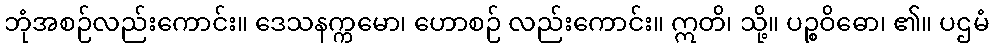
ဘုံအစဉ်လည်းကောင်း။ ဒေသနက္ကမော၊ ဟောစဉ် လည်းကောင်း။ ဣတိ၊ သို့။ ပဉ္စဝိဓော၊ ၏။ ပဌမံ